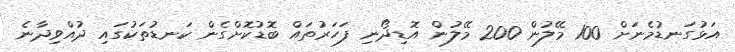
އަޅުގަނޑުމެނަށް 100 މޭލުން 200 މޭލުން އޮޑިދޯނި ފަހަރުތައް ބޮޑުކޮށްގެން ކަނޑުތަކުގައި ދުއްވިދާނެ